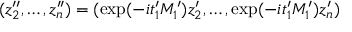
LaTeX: ( z _ { 2 } ^ { \prime \prime } , \ldots , z _ { n } ^ { \prime \prime } ) = ( \exp ( - i t _ { 1 } ^ { \prime } M _ { 1 } ^ { \prime } ) z _ { 2 } ^ { \prime } , \ldots , \exp ( - i t _ { 1 } ^ { \prime } M _ { 1 } ^ { \prime } ) z _ { n } ^ { \prime } )